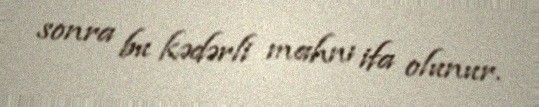
sonra bu kədərli mahnı ifa olunur.